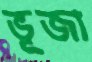
ভূজা